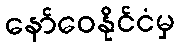
နော်ဝေနိုင်ငံမှ